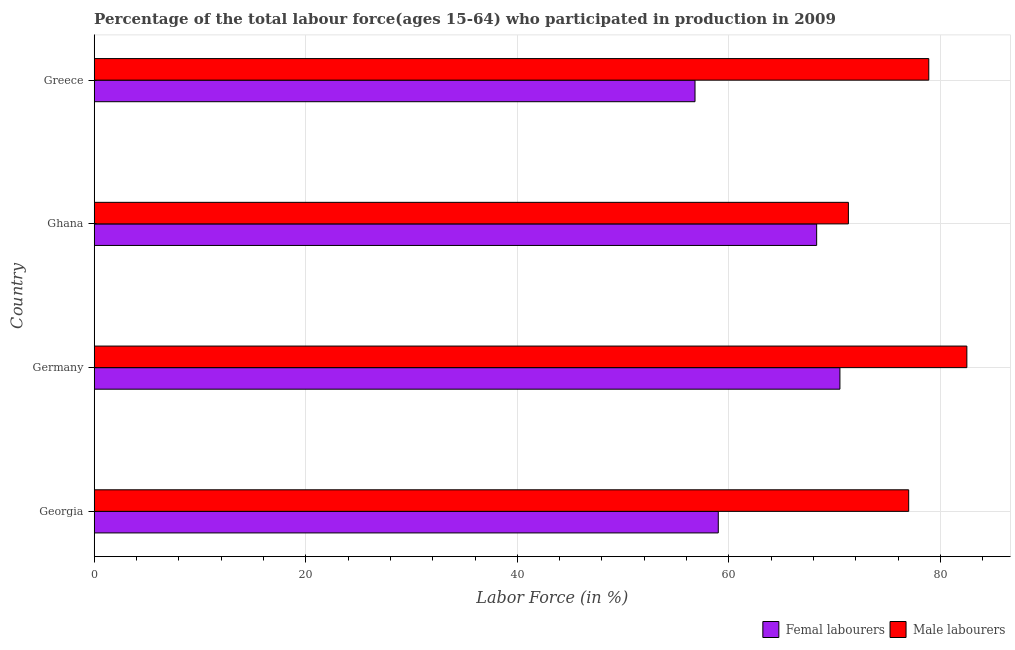
| Country | Femal labourers | Male labourers |
 | --- | --- | --- |
 | Georgia | 59 | 77 |
 | Germany | 70.5 | 82.5 |
 | Ghana | 68.3 | 71.3 |
 | Greece | 56.8 | 78.9 |